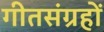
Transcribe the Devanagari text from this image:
गीतसंग्रहों